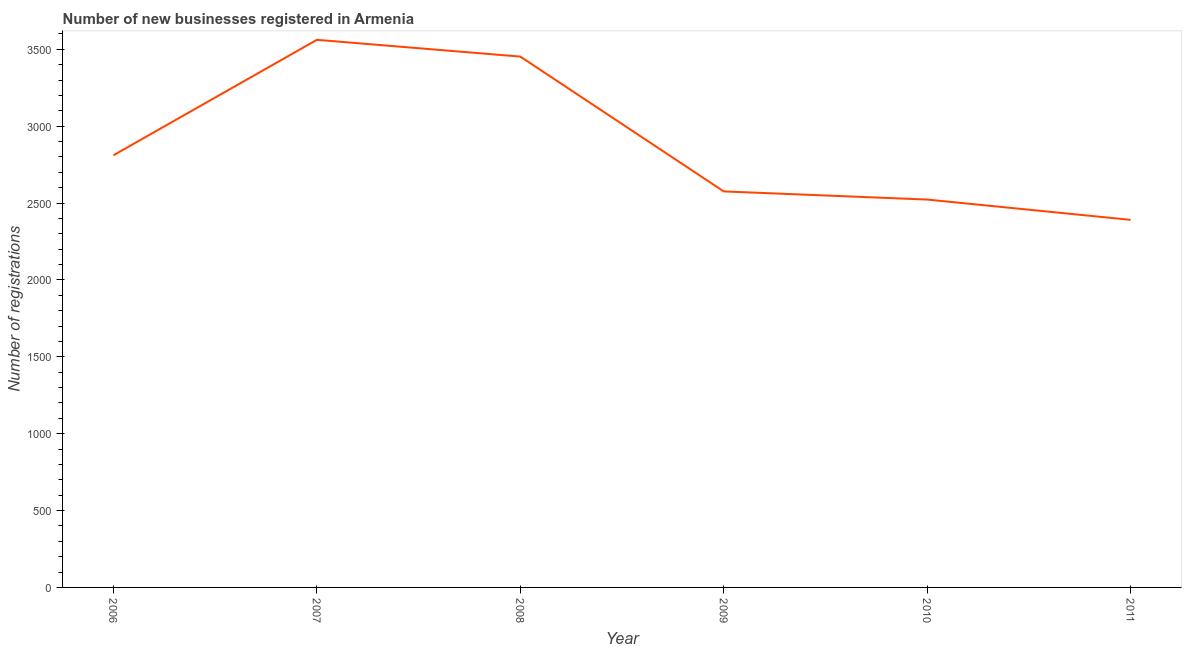
| Year | New businesses |
 | --- | --- |
 | 2006 | 2.81e+03 |
 | 2007 | 3.56e+03 |
 | 2008 | 3.45e+03 |
 | 2009 | 2.58e+03 |
 | 2010 | 2.52e+03 |
 | 2011 | 2.39e+03 |